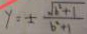
y = \pm \frac { \sqrt { b ^ { 2 } + 1 } } { b ^ { 2 } + 1 }